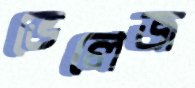
ভেলেজ